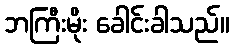
ဘကြီးမိုး ခေါင်းခါသည်။